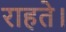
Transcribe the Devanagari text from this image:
राहते।